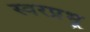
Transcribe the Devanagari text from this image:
स्वरप्रभू